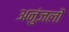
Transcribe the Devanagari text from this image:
अनुंजलों